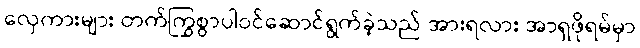
လှေကားများ တက်ကြွစွာပါဝင်ဆောင်ရွက်ခဲ့သည် အားရလား အာရှဖိုရမ်မှာ